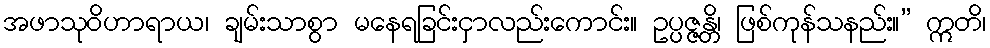
အဖာသုဝိဟာရာယ၊ ချမ်းသာစွာ မနေရခြင်းငှာလည်းကောင်း။ ဥပ္ပဇ္ဇန္တိ၊ ဖြစ်ကုန်သနည်း။” ဣတိ၊